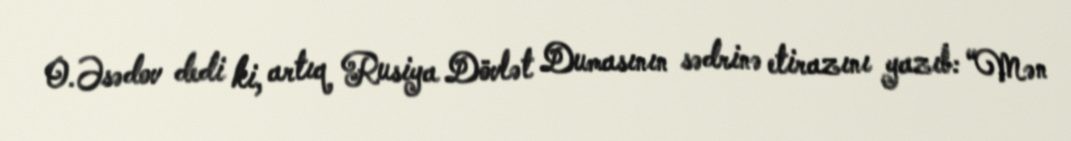
O.Əsədov dedi ki, artıq Rusiya Dövlət Dumasının sədrinə etirazını yazıb: “Mən